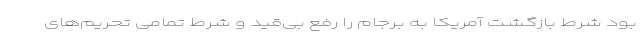
بود شرط بازگشت آمریکا به برجام را رفع بی‌قید و شرط تمامی تحریم‌های